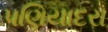
પણિયાદરા